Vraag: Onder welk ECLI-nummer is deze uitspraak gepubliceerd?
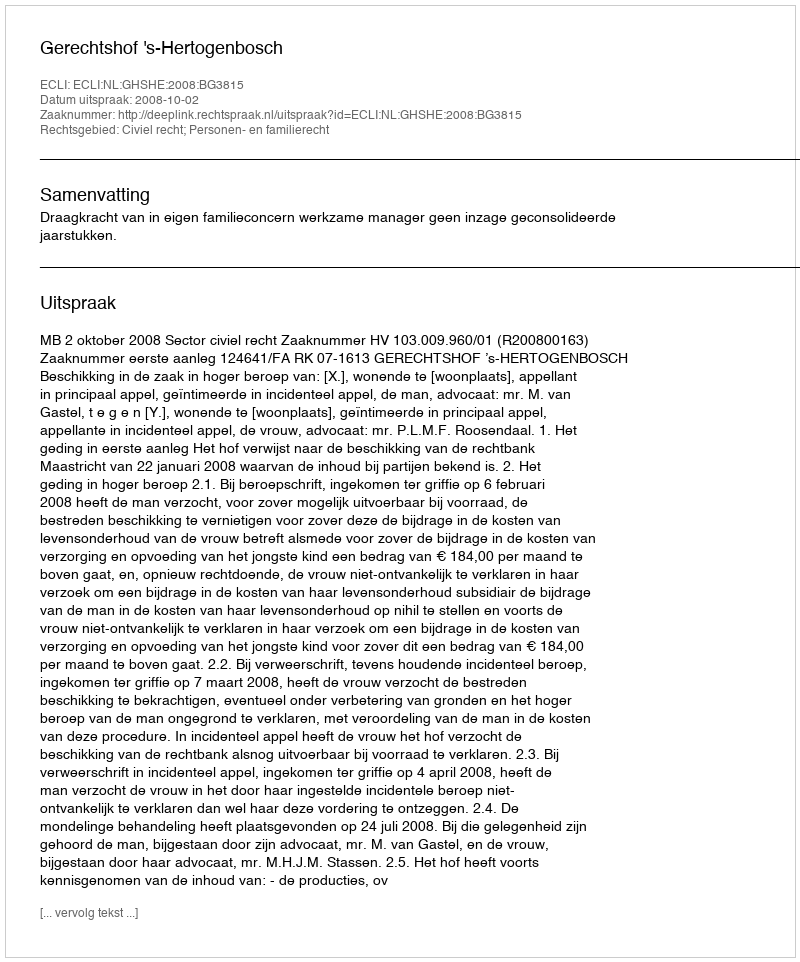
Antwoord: ECLI:NL:GHSHE:2008:BG3815